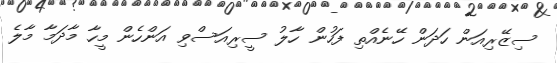
ސިޒޭރިއަން ހަދަން ހޭނެއްތި ފަހުން ހާލު ސީރިއަސްވި އަންހެން މީހާ މާދަމާ މާލެ